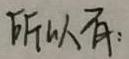
所以有：